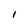
Character: I